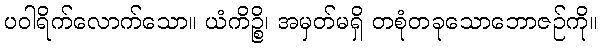
ပဝါရိက်လောက်သော။ ယံကိဉ္စိ၊ အမှတ်မရှိ တစုံတခုသောဘောဇဉ်ကို။